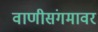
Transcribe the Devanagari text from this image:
वाणीसंगमावर